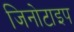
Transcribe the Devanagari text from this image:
जिनोटाइप